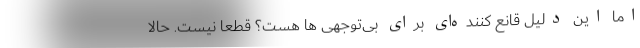
اما این دلیل قانع کننده‌ای برای بی‌توجهی ها هست؟ قطعا نیست. حالا